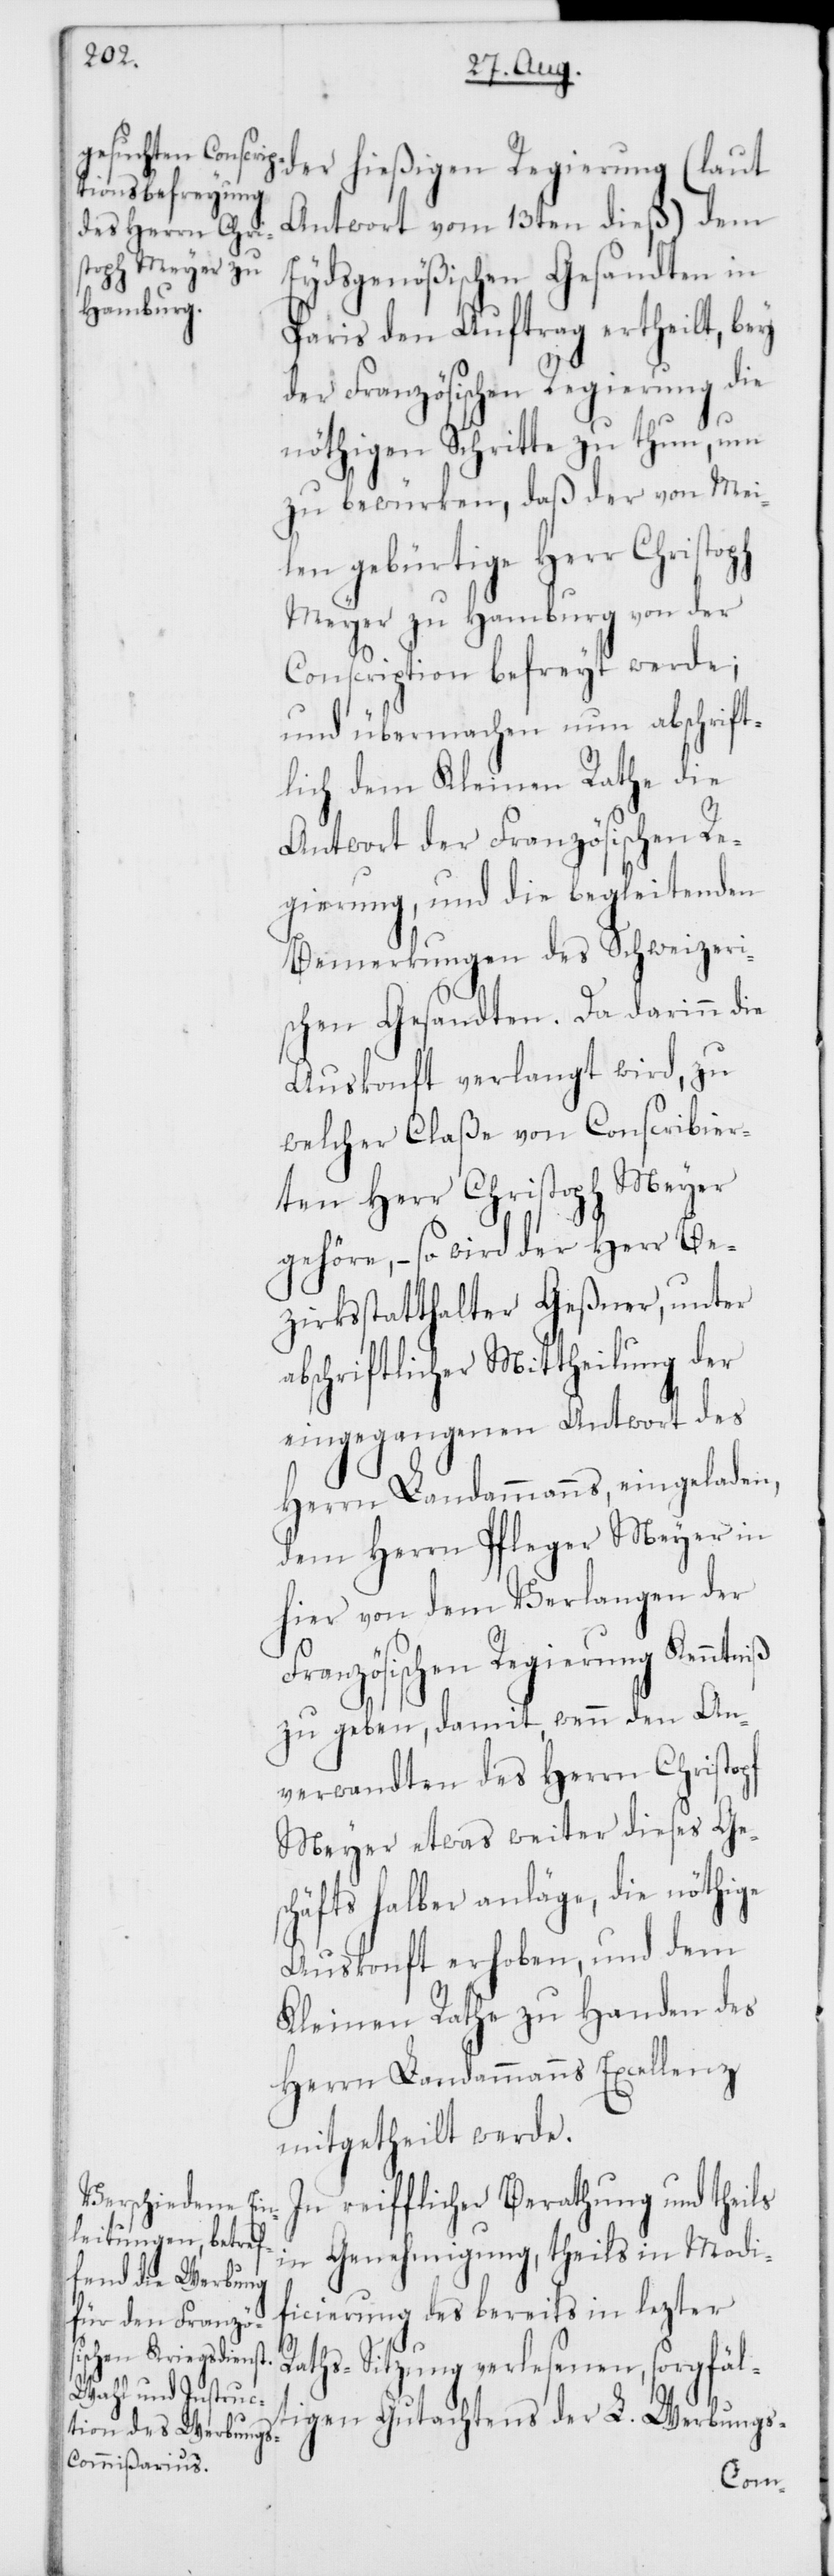
der hießigen Regierung (laut
Antwort vom 13ten dieß) dem
Eydsgenößischen Gesandten in
Paris den Auftrag ertheilt, bey
der Französischen Regierung die
nöthigen Schritte zu thun, um
zu bewürken, daß der von Mei¬
len gebürtige Herr Christoph
Meyer zu Hamburg von der
Conscription befreyt werde;
und übermachen nun abschrift¬
lich dem Kleinen Rathe die
Antwort der Französischen Re¬
gierung, und die begleitenden
Bemerkungen des Schweizeri¬
schen Gesandten. Da darinn die
Auskonft verlangt wird, zu
welcher Claße von Conscribier¬
ten Herr Christoph Meyer
gehöre, – so wird der Herr Be¬
zirksstatthalter Geßner, unter
abschriftlicher Mittheilung der
eingegangenen Antwort des
Herrn Landammanns, eingeladen,
dem Herrn Pfleger Meyer in
hier von dem Verlangen der
ranzösischen Regierung Kenntn¬
zu geben, damit, wenn den An¬
verwandten des Herrn Christoph
Meyer etwas weiter dieses Ges¬
chäfts halber anläge, die nöthige
Auskonft erhoben, und dem
Kleinen Rathe zu Handen des
Herrn Landammanns Excellenz
mitgetheilt werde.
In reiflicher Berathung und theils
in Genehmigung, theils in Modi¬
ficierung des bereits in lezter
Raths-Sitzung verlesenen, sorgfält¬
iß
igen Gutachtens der L. Werbungs-